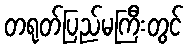
တရုတ်ပြည်မကြီးတွင်